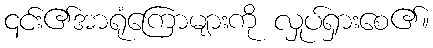
၎င်း၏အာရုံကြောများကို လှုပ်ရှားစေ၏။